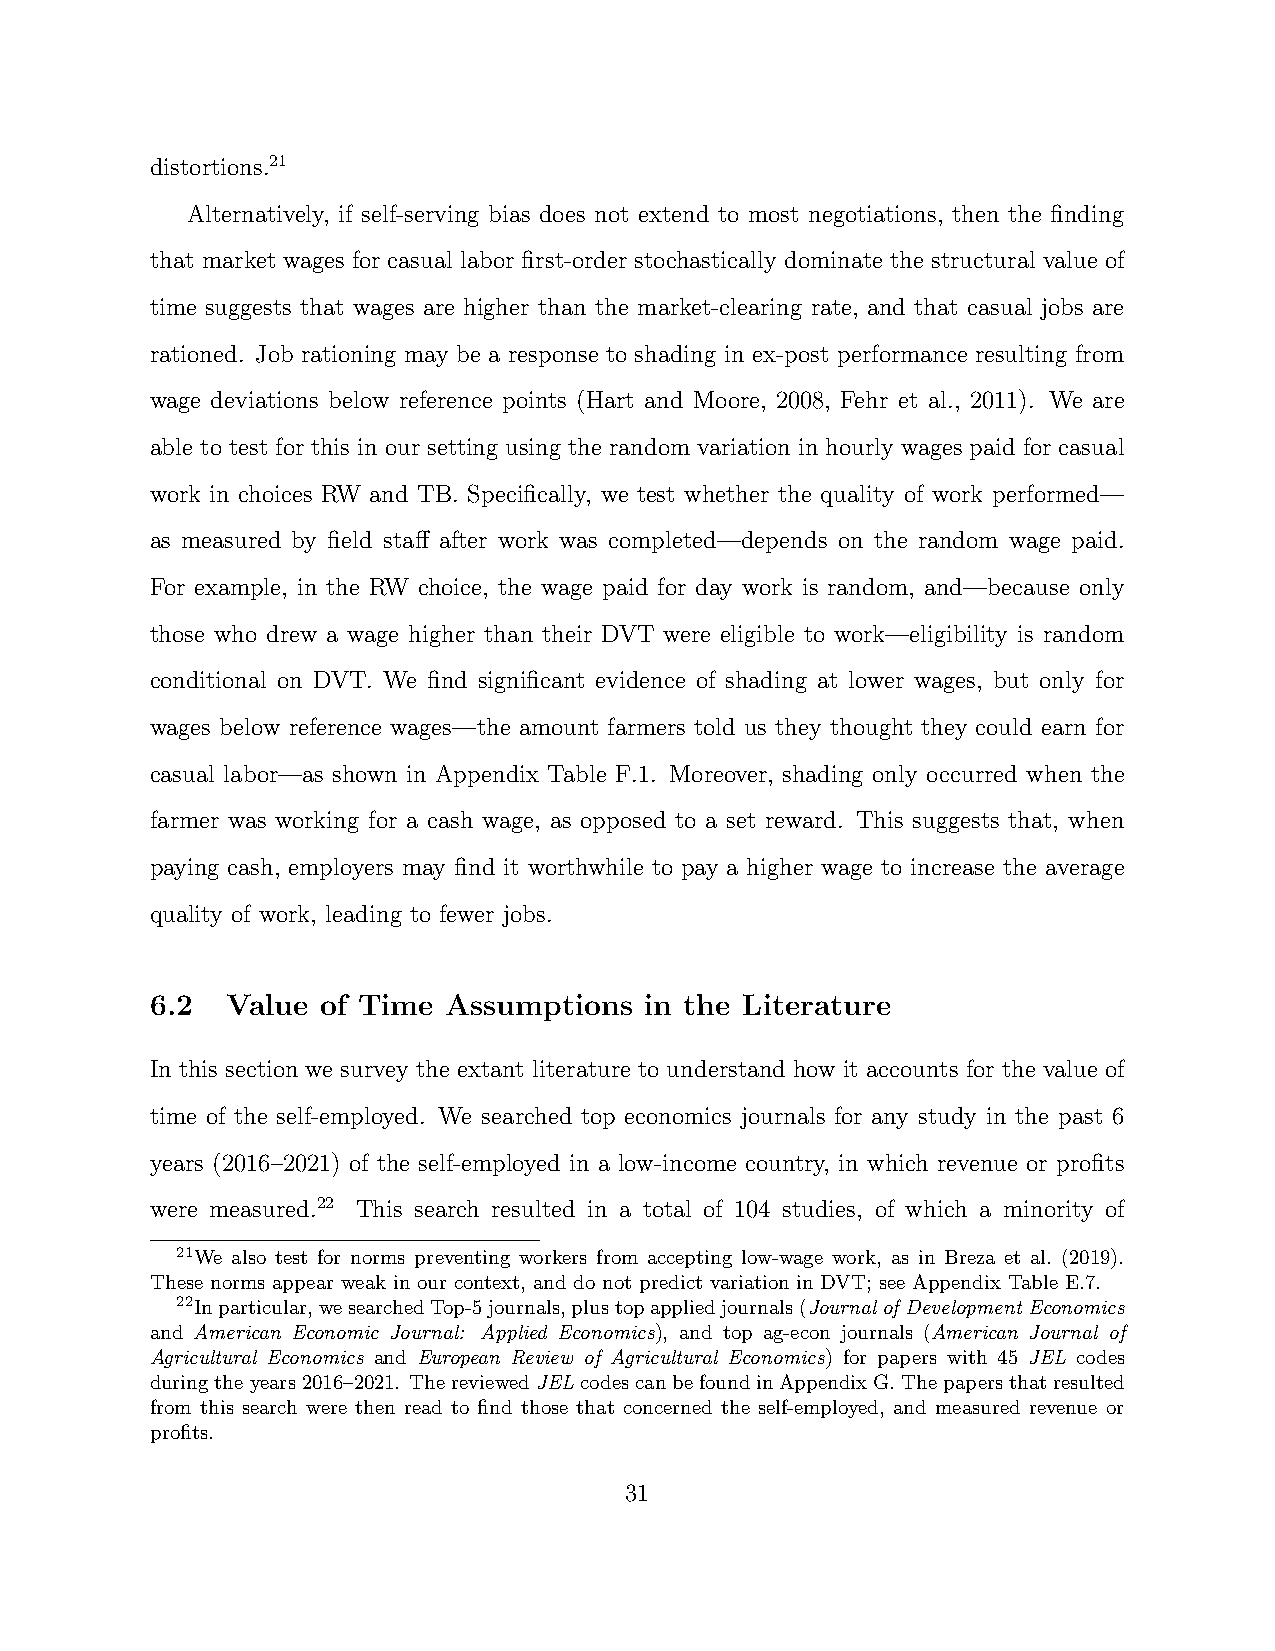
distortions.21
 Alternatively, if self-serving bias does not extend to most negotiations, then the finding
 that market wages for casual labor first-order stochastically dominate the structural value of
 time suggests that wages are higher than the market-clearing rate, and that casual jobs are
 rationed. Job rationing may be a response to shading in ex-post performance resulting from
 wage deviations below reference points (Hart and Moore, 2008, Fehr et al., 2011). We are
 able to test for this in our setting using the random variation in hourly wages paid for casual
 work in choices RW and TB. Specifically, we test whether the quality of work performed—
 as measured by field staff after work was completed—depends on the random wage paid.
 For example, in the RW choice, the wage paid for day work is random, and—because only
 those who drew a wage higher than their DVT were eligible to work—eligibility is random
 conditional on DVT. We find significant evidence of shading at lower wages, but only for
 wages below reference wages—the amount farmers told us they thought they could earn for
 casual labor—as shown in Appendix Table F.1. Moreover, shading only occurred when the
 farmer was working for a cash wage, as opposed to a set reward. This suggests that, when
 paying cash, employers may find it worthwhile to pay a higher wage to increase the average
 quality of work, leading to fewer jobs.
 6.2  Value of Time  Assumptions  in the Literature
 In this section we survey the extant literature to understand how it accounts for the value of
 time of the self-employed. We searched top economics journals for any study in the past 6
 years (2016–2021) of the self-employed in a low-income country, in which revenue or profits
 were measured.22 This search resulted in a total of 104 studies, of which a minority of
 21We also test for norms preventing workers from accepting low-wage work, as in Breza et al. (2019).
 These norms appear weak in our context, and do not predict variation in DVT; see Appendix Table E.7.
 22Inparticular,wesearchedTop-5journals,plustopappliedjournals(JournalofDevelopmentEconomics
 and American Economic Journal: Applied Economics), and top ag-econ journals (American Journal of
 Agricultural Economics and European Review of Agricultural Economics) for papers with 45 JEL codes
 duringtheyears2016–2021. ThereviewedJELcodescanbefoundinAppendixG.Thepapersthatresulted
 from this search were then read to find those that concerned the self-employed, and measured revenue or
 profits.
 31